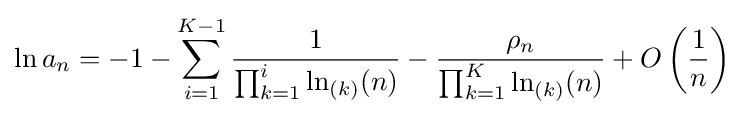
\ln a_{n}=-1-\sum _{i=1}^{K-1}{\frac {1}{\prod _{k=1}^{i}\ln _{(k)}(n)}}-{\frac {\rho _{n}}{\prod _{k=1}^{K}\ln _{(k)}(n)}}+O\left({\frac {1}{n}}\right)